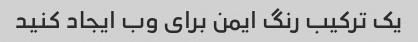
یک ترکیب رنگ ایمن برای وب ایجاد کنید